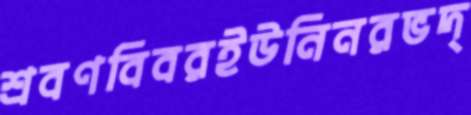
শ্রবণবিবরইউনিনরভদ্